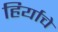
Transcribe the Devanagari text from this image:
हिर्याचे